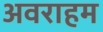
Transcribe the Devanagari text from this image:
अवराहम